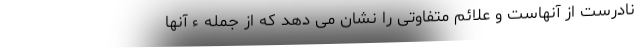
نادرست از آنهاست و علائم متفاوتی را نشان می دهد که از جمله ء آنها